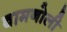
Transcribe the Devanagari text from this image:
बामनोली